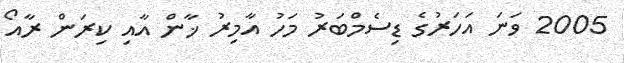
2005 ވަނަ އަހަރުގެ ޑިސެމްބަރު މަހު އާމިރު ޚާން އާއި ކިރަން ރާއޯ